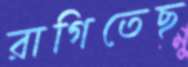
রাগিতেছ